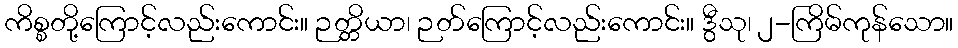
ကိစ္စတို့ကြောင့်လည်းကောင်း။ ဉတ္တိယာ၊ ဉတ်ကြောင့်လည်းကောင်း။ ဒွီသု၊ ၂-ကြိမ်ကုန်သော။